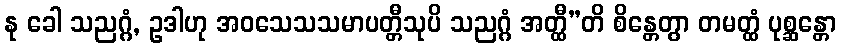
နု ခေါ သညဂ္ဂံ, ဥဒါဟု အဝသေသသမာပတ္တီသုပိ သညဂ္ဂံ အတ္ထီ”တိ စိန္တေတွာ တမတ္ထံ ပုစ္ဆန္တော